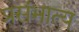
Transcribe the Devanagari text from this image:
प्रसंभात्य